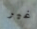
غير